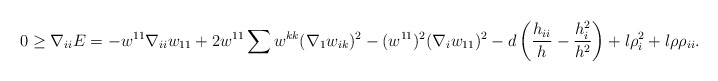
\begin{align*}0\geq \nabla_{ii}E&=-w^{11}\nabla_{ii}w_{11}+2w^{11}\sum w^{kk}(\nabla_{1}w_{ik})^{2}-(w^{11})^{2}(\nabla_{i}w_{11})^{2}-d\left(\frac{h_{ii}}{h}-\frac{h^{2}_{i}}{h^{2}}\right)+l\rho^{2}_{i}+l\rho \rho_{ii}.\end{align*}